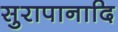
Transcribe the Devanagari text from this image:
सुरापानादि